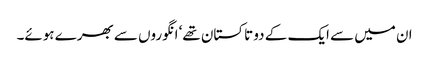
ان میں سے ایک کے دو تاکستان تھے‘ انگوروں سے بھرے ہوئے۔